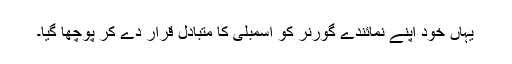
یہاں خود اپنے نمائندے گورنر کو اسمبلی کا متبادل قرار دے کر پوچھا گیا۔